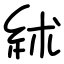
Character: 絉